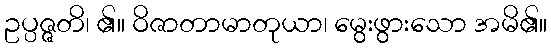
ဥပ္ပဇ္ဇတိ၊ ၏။ ဝိဇာတာမာတုယာ၊ မွေးဖွားသော အမိ၏။